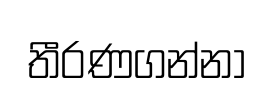
තීරණගන්නා